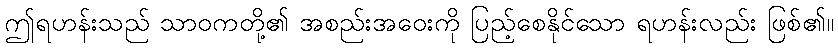
ဤရဟန်းသည် သာဝကတို့၏ အစည်းအဝေးကို ပြည့်စေနိုင်သော ရဟန်းလည်း ဖြစ်၏။